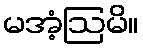
မအံ့ဩမိ။